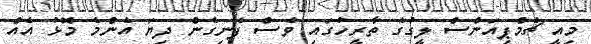
މިއީ ޗެމްޕިއަންސް ލީގުގެ ތާރީހުގައި ވެސް ފެނިގެން ދިޔަ އެންމެ މޮޅު އެއް